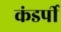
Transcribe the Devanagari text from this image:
कंडर्पी